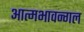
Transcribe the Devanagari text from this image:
आत्मभावन्गल